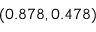
( 0 . 8 7 8 , 0 . 4 7 8 )